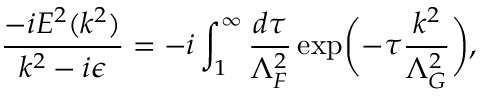
\frac { - i { \cal E } ^ { 2 } ( k ^ { 2 } ) } { k ^ { 2 } - i \epsilon } = - i \int _ { 1 } ^ { \infty } \frac { d \tau } { \Lambda _ { F } ^ { 2 } } \exp \biggl ( - \tau \frac { k ^ { 2 } } { \Lambda _ { G } ^ { 2 } } \biggr ) ,